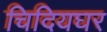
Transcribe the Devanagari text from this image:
चिदियघर